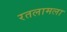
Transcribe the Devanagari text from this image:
रतलामला